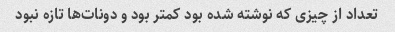
تعداد از چیزی که نوشته شده بود کمتر بود و دونات‌ها تازه نبود